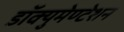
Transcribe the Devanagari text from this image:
डॉक्युमेण्टेशन